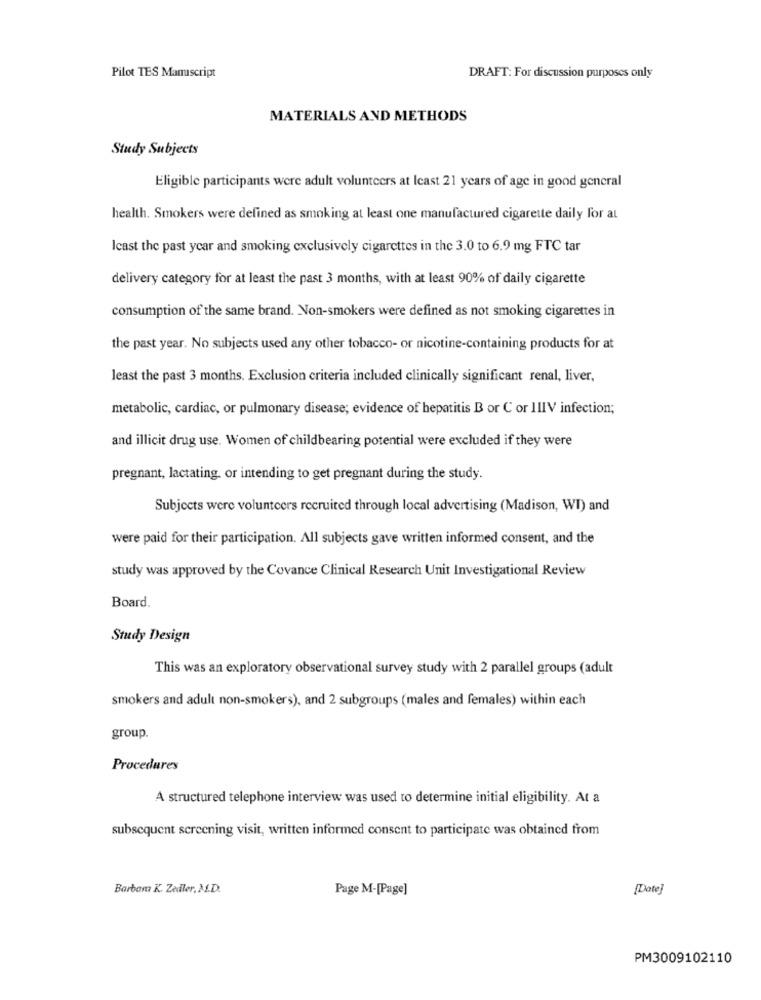
Pilot TES Manuscript
DRAFT: For discussion purposes only
MATERIALS AND METHODS
Study Subjects
Eligible participants were adult volunteers at least 21 years of age in good general
health. Smokers were defined as smoking at least one manufactured cigarette daily for at
Icast the past year and smoking exclusively cigarettes in the 3.0 to 6.9 mg FTC tar
delivery category for at least the past 3 months, with at least 90% of daily cigarette
consumption of the same brand. Non-smokers were defined as not smoking cigarettes in
the past year. No subjects used any other tobacco- or nicotine-containing products for at
least the past 3 months. Exclusion criteria included clinically significant renal, liver,
metabolic, cardiac, or pulmonary disease; evidence of hepatitis B or C or IIIV infection;
and illicit drug use. Women of childbearing potential were excluded if they were
pregnant, lactating, or intending to get pregnant during the study.
Subjects were volunteers recruited through local advertising (Madison, WI) and
were paid for their participation. All subjects gave written informed consent, and the
study was approved by the Covance Clinical Research Unit Investigational Review
Board.
Study Design
This was an exploratory observational survey study with 2 parallel groups (adult
smokers and adult non-smokers), and 2 subgroups (males and females) within each
group.
Procedures
A structured telephone interview was used to determine initial eligibility. At a
subsequent screening visit, written informed consent to participate was obtained from
Barbam K. Zedler, M.D.
Page M-[Page]
[Date]
PM3009102110